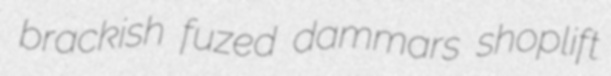
brackish fuzed dammars shoplift